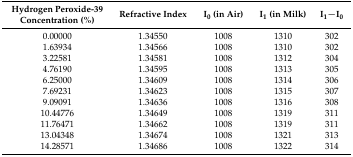
<table><thead><tr><td><b>Hydrogen Peroxide-39 Concentration (%)</b></td><td><b>Refractive Index</b></td><td><b>I<sub>0</sub> (in Air)</b></td><td><b>I<sub>1</sub> (in Milk)</b></td><td><b>I<sub>1</sub>−I<sub>0</sub></b></td></tr></thead><tbody><tr><td>0.00000</td><td>1.34550</td><td>1008</td><td>1310</td><td>302</td></tr><tr><td>1.63934</td><td>1.34566</td><td>1008</td><td>1310</td><td>302</td></tr><tr><td>3.22581</td><td>1.34581</td><td>1008</td><td>1312</td><td>304</td></tr><tr><td>4.76190</td><td>1.34595</td><td>1008</td><td>1313</td><td>305</td></tr><tr><td>6.25000</td><td>1.34609</td><td>1008</td><td>1314</td><td>306</td></tr><tr><td>7.69231</td><td>1.34623</td><td>1008</td><td>1315</td><td>307</td></tr><tr><td>9.09091</td><td>1.34636</td><td>1008</td><td>1316</td><td>308</td></tr><tr><td>10.44776</td><td>1.34649</td><td>1008</td><td>1319</td><td>311</td></tr><tr><td>11.76471</td><td>1.34662</td><td>1008</td><td>1319</td><td>311</td></tr><tr><td>13.04348</td><td>1.34674</td><td>1008</td><td>1321</td><td>313</td></tr><tr><td>14.28571</td><td>1.34686</td><td>1008</td><td>1322</td><td>314</td></tr></tbody></table>